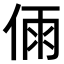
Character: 𠉴